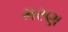
મરણ